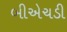
બીએચડી